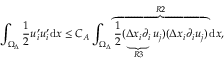
\int _ { \Omega _ { \Delta } } \frac { 1 } { 2 } u _ { i } ^ { \prime } u _ { i } ^ { \prime } \mathrm { d } x \leq C _ { A } \int _ { \Omega _ { \Delta } } \overbrace { \frac { 1 } { 2 } ( \underbrace { \Delta x _ { i } \partial _ { i } } _ { R 3 } u _ { j } ) ( \Delta x _ { i } \partial _ { i } u _ { j } ) } ^ { R 2 } \mathrm { d } x ,